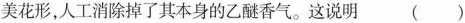
美花形，人工消除掉了其本身的乙醚香气。这说明 ()